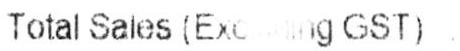
TOTAL SALES (EXC G GST) :